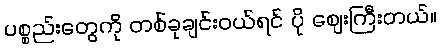
ပစ္စည်းတွေကို တစ်ခုချင်းဝယ်ရင် ပို ဈေးကြီးတယ်။